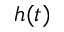
h ( t )